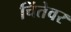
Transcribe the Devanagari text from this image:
चिंतेवर